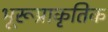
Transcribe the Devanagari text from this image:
भूरूप्राकृतिक